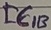
Text: IC1B